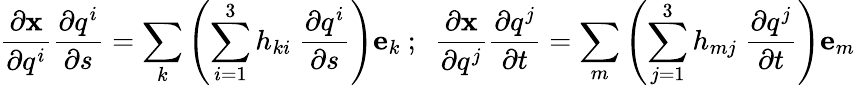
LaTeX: {\frac{\partial\mathbf{x}}{\partial q^{i}}}{\frac{\partial q^{i}}{\partial s}}=\sum_{k}\left(\sum_{i=1}^{3}h_{ki}~{\frac{\partial q^{i}}{\partial s}}\right)\mathbf{e}_{k}~;~~{\frac{\partial\mathbf{x}}{\partial q^{j}}}{\frac{\partial q^{j}}{\partial t}}=\sum_{m}\left(\sum_{j=1}^{3}h_{mj}~{\frac{\partial q^{j}}{\partial t}}\right)\mathbf{e}_{m}